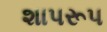
શાપરૂપ